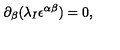
\partial _ { \beta } ( \lambda _ { I } \epsilon ^ { \alpha \beta } ) = 0 ,